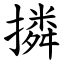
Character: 撛